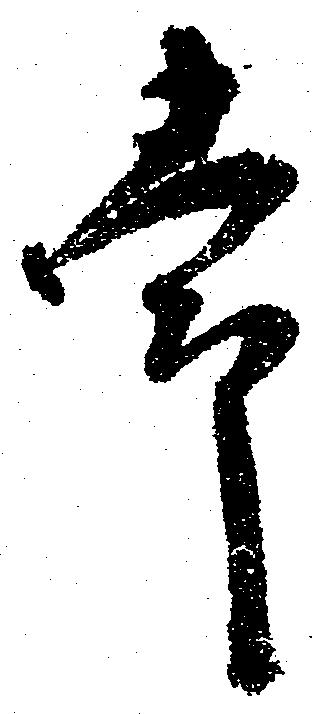
常